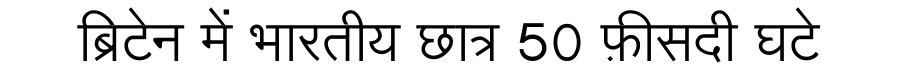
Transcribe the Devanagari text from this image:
ब्रिटेन में भारतीय छात्र 50 फ़ीसदी घटे